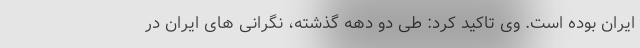
ایران بوده است. وی تاکید کرد: طی دو دهه گذشته، نگرانی های ایران در